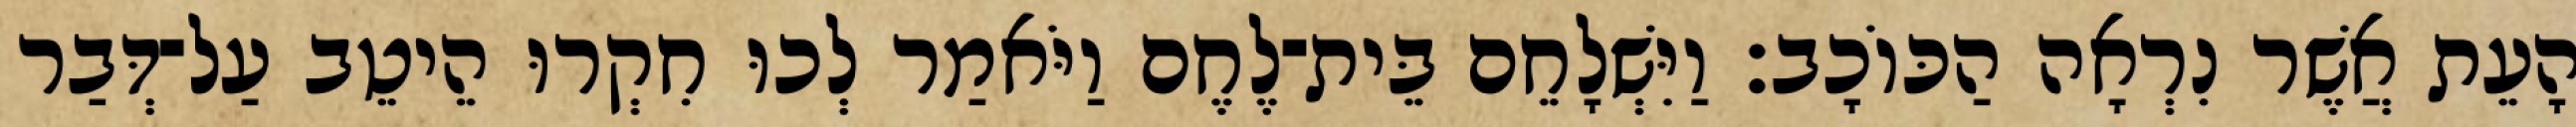
הָעֵת אֲשֶׁר נִרְאָה הַכּוֹכָב׃ וַיִּשְׁלָחֵם בֵּית־לֶחֶם וַיֹּאמַר לְכוּ חִקְרוּ הֵיטֵב עַל־דְּבַר